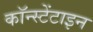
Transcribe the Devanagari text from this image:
कॉन्स्टेंटाइन